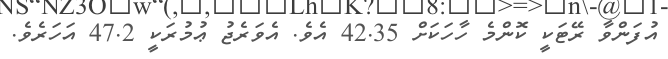
އުފަންވާ ރޭޓަކީ ކޮންމެ ހާހަކަށް 42.35 އެވެ. އެވަރެޖު ޢުމުރަކީ 47.2 އަހަރެވެ.